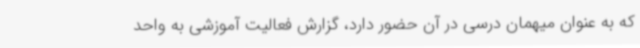
که به عنوان میهمان درسی در آن حضور دارد، گزارش فعالیت آموزشی به واحد